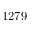
1 2 7 9